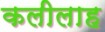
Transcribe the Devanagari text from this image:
कलीलाह